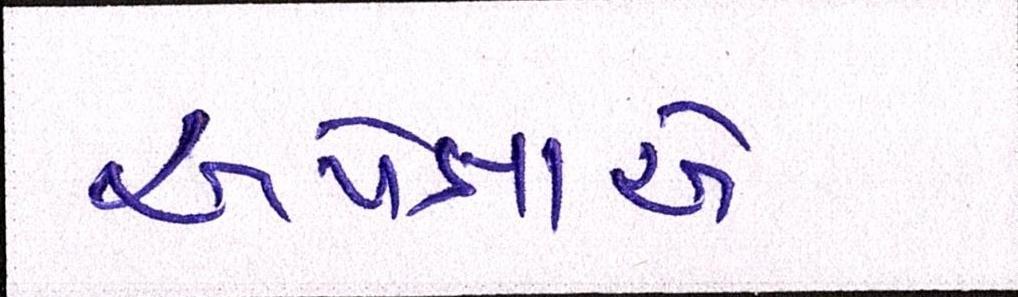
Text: અપેક્ષાએ